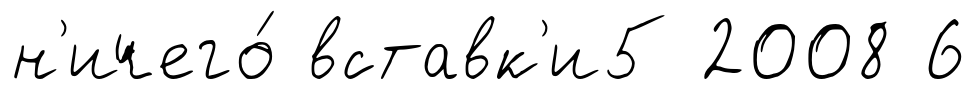
н'ичего́ вставк'и5 2008 6